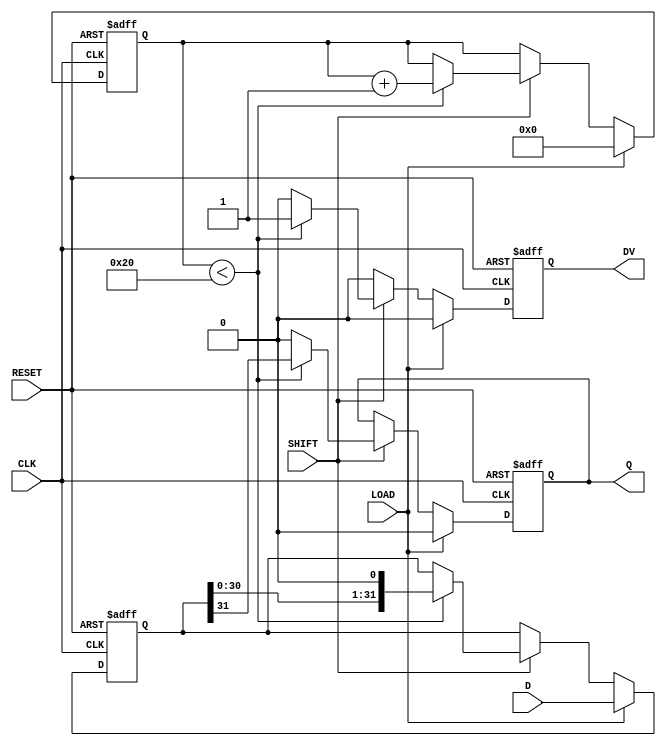
module PISO_Register (
    input wire [31:0] D,       // 32-bit data input
    input wire LOAD,           // Load control signal
    input wire SHIFT,          // Shift control signal
    input wire CLK,            // Clock signal
    input wire RESET,          // Asynchronous reset signal
    output reg Q,              // Serial output
    output reg DV              // Data valid output
);

    reg [31:0] shift_reg;      // Internal shift register
    reg [5:0] count;           // Bit counter for shifting

    always @(posedge CLK or posedge RESET) begin
        if (RESET) begin
            shift_reg <= 32'b0; // Clear the shift register
            Q <= 1'b0;          // Clear the serial output
            DV <= 1'b0;         // Clear data valid signal
            count <= 6'b0;      // Reset the counter
        end else begin
            if (LOAD) begin
                shift_reg <= D;  // Load data into the shift register
                Q <= 1'b0;       // Clear serial output
                DV <= 1'b0;      // Clear data valid signal
                count <= 6'b0;   // Reset the counter
            end else if (SHIFT) begin
                if (count < 32) begin
                    Q <= shift_reg[31]; // Output the MSB
                    shift_reg <= {shift_reg[30:0], 1'b0}; // Shift left
                    count <= count + 1; // Increment the counter
                    DV <= 1'b1; // Data valid during shifting
                end else begin
                    Q <= 1'b0; // No more data to shift
                    DV <= 1'b0; // Data not valid after all bits shifted
                end
            end else begin
                DV <= 1'b0; // Data not valid if neither LOAD nor SHIFT
            end
        end
    end

endmodule